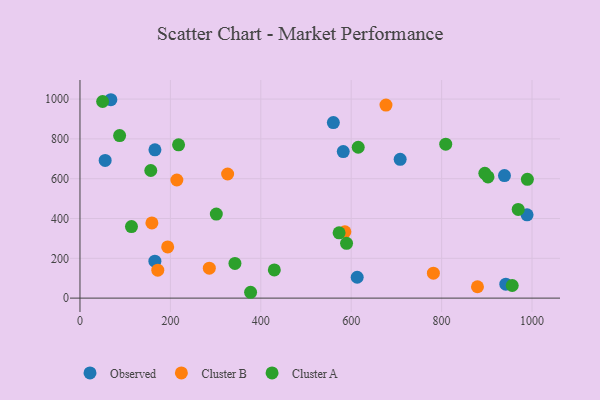
{"axis": {"x": "Speed", "y": "Salary"}, "legend": ["Cluster A", "Cluster B", "Observed"], "data": [{"x": "165.7", "y": 185.4, "type": "Observed"}, {"x": "613.2", "y": 104.8, "type": "Observed"}, {"x": "55.7", "y": 691.8, "type": "Observed"}, {"x": "560.5", "y": 881.9, "type": "Observed"}, {"x": "989.0", "y": 418.4, "type": "Observed"}, {"x": "939.0", "y": 615.9, "type": "Observed"}, {"x": "582.4", "y": 736.4, "type": "Observed"}, {"x": "708.3", "y": 697.1, "type": "Observed"}, {"x": "165.8", "y": 745.0, "type": "Observed"}, {"x": "942.0", "y": 70.1, "type": "Observed"}, {"x": "68.3", "y": 996.8, "type": "Observed"}, {"x": "781.8", "y": 125.1, "type": "Cluster B"}, {"x": "172.1", "y": 140.2, "type": "Cluster B"}, {"x": "286.1", "y": 150.6, "type": "Cluster B"}, {"x": "676.9", "y": 969.7, "type": "Cluster B"}, {"x": "326.6", "y": 623.5, "type": "Cluster B"}, {"x": "586.0", "y": 333.4, "type": "Cluster B"}, {"x": "194.0", "y": 257.1, "type": "Cluster B"}, {"x": "214.3", "y": 593.5, "type": "Cluster B"}, {"x": "159.1", "y": 377.9, "type": "Cluster B"}, {"x": "879.3", "y": 57.0, "type": "Cluster B"}, {"x": "809.1", "y": 773.6, "type": "Cluster A"}, {"x": "615.5", "y": 757.9, "type": "Cluster A"}, {"x": "989.7", "y": 597.0, "type": "Cluster A"}, {"x": "895.6", "y": 627.0, "type": "Cluster A"}, {"x": "156.6", "y": 641.3, "type": "Cluster A"}, {"x": "573.2", "y": 327.8, "type": "Cluster A"}, {"x": "342.8", "y": 174.2, "type": "Cluster A"}, {"x": "429.9", "y": 141.6, "type": "Cluster A"}, {"x": "87.7", "y": 816.7, "type": "Cluster A"}, {"x": "969.4", "y": 445.8, "type": "Cluster A"}, {"x": "50.1", "y": 987.8, "type": "Cluster A"}, {"x": "589.7", "y": 275.1, "type": "Cluster A"}, {"x": "902.6", "y": 608.8, "type": "Cluster A"}, {"x": "301.6", "y": 422.0, "type": "Cluster A"}, {"x": "113.9", "y": 359.5, "type": "Cluster A"}, {"x": "218.1", "y": 770.2, "type": "Cluster A"}, {"x": "377.4", "y": 29.3, "type": "Cluster A"}, {"x": "956.2", "y": 63.3, "type": "Cluster A"}]}